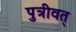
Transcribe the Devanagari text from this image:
पुत्रीवत्